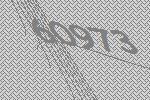
60973